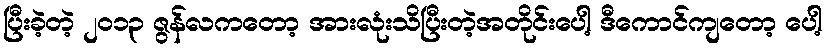
ပြီးခဲ့တဲ့ ၂၀၁၃ ဇွန်လကတော့ အားလုံးသိပြီးတဲ့အတိုင်းပေါ့ ဒီကောင်ကျတော့ ပေါ့